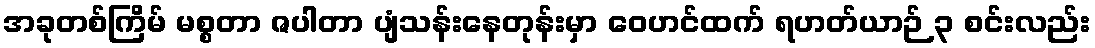
အခုတစ်ကြိမ် မစ္စတာ ဇပါတာ ပျံသန်းနေတုန်းမှာ ဝေဟင်ထက် ရဟတ်ယာဉ် ၃ စင်းလည်း